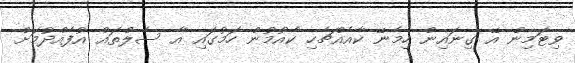
ވިޓަމިން އޭ ގިނައިން ހިމެނޭ ކާއެއްޗެހި ކެއުމުން ހަމުގައި އާ ސެލްތައް އުފެއްދުމަށް